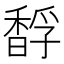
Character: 馟